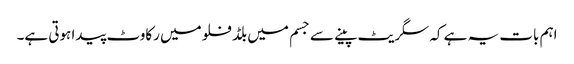
اہم بات یہ ہے کہ سگریٹ پینے سے جسم میں بلڈ فلو میں رکاوٹ پیدا ہوتی ہے۔